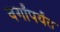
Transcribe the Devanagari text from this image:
वर्गांपर्यंत